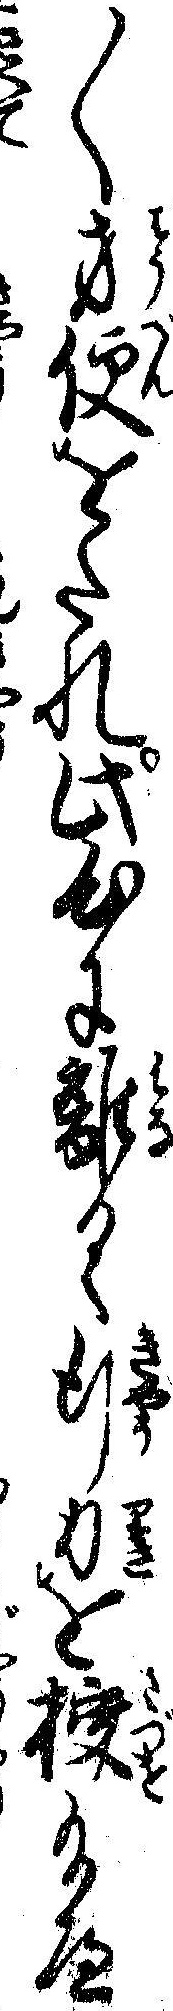
〱方便をたれ此心に離るゝ行力を授給へ